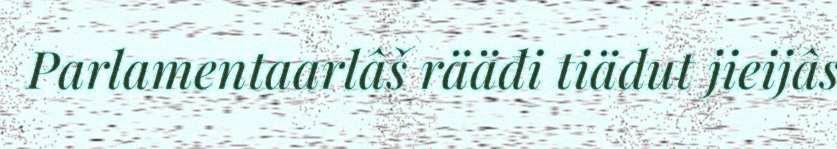
Parlamentaarlâš rääđi tiädut jieijâs